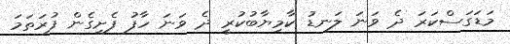
މަޑަގަސްކަރަ ދެ ވަނަ ލަނޑު ކާމިޔާބުކުރީ ދެ ވަނަ ހާފު ފެށިގެން ފުރަތަމަ